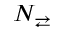
N _ { \rightleftarrows }